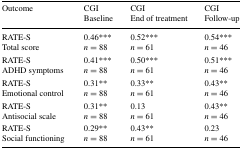
<table><thead><tr><td><b>Outcome</b></td><td><b>CGIBaseline</b></td><td><b>CGIEnd of treatment</b></td><td><b>CGIFollow-up</b></td></tr></thead><tbody><tr><td>RATE-STotal score</td><td>0.46***<i>n</i> = 88</td><td>0.52***<i>n</i> = 61</td><td>0.54***<i>n</i> = 46</td></tr><tr><td>RATE-SADHD symptoms</td><td>0.41***<i>n</i> = 88</td><td>0.50***<i>n</i> = 61</td><td>0.51***<i>n</i> = 46</td></tr><tr><td>RATE-SEmotional control</td><td>0.31**<i>n</i> = 88</td><td>0.33**<i>n</i> = 61</td><td>0.43**<i>n</i> = 46</td></tr><tr><td>RATE-SAntisocial scale</td><td>0.31**<i>n</i> = 88</td><td>0.13<i>n</i> = 61</td><td>0.43**<i>n</i> = 46</td></tr><tr><td>RATE-SSocial functioning</td><td>0.29**<i>n</i> = 88</td><td>0.43**<i>n</i> = 61</td><td>0.23<i>n</i> = 46</td></tr></tbody></table>